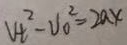
V _ { t } ^ { 2 } - V _ { 0 } ^ { 2 } = 2 a x